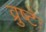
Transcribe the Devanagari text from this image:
व्रुष्टेः